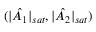
( | \hat { A _ { 1 } } | _ { s a t } , | \hat { A _ { 2 } } | _ { s a t } )